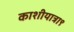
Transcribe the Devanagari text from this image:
काशीयात्रा९